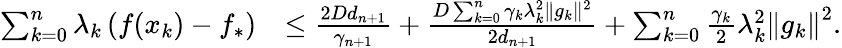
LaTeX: \begin{array}{rl}{\sum_{k=0}^{n}\lambda_{k}\left(f(x_{k})-f_{*}\right)}&{\leq\frac{2Dd_{n+1}}{\gamma_{n+1}}+\frac{D\sum_{k=0}^{n}\gamma_{k}\lambda_{k}^{2}\| g_{k}\| ^{2}}{2d_{n+1}}+\sum_{k=0}^{n}\frac{\gamma_{k}}{2}\lambda_{k}^{2}\left\Vert g_{k}\right\Vert^{2}.}\end{array}